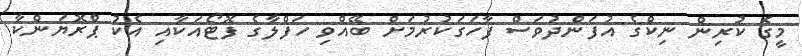
މީގެ ކުރިން ނިކްގެ އުފަންދުވަސް ފާހަގަކުރުމަށް ބޭއްވި ހަފްލާގެ ފޮޓޯއަކާއި އެކު ޕްރޮޔަންކާ